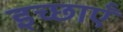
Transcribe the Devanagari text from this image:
इच्छाऍं